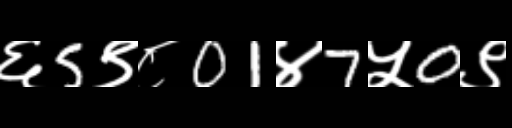
Text: ६5९८01४7५0९